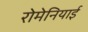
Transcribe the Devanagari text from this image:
रोमेनियाई